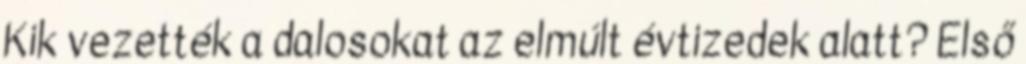
Kik vezették a dalosokat az elmúlt évtizedek alatt? Első